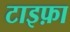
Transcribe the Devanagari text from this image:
टाइफ़ा